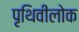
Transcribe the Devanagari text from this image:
पृथिवीलोक